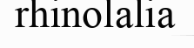
rhinolalia